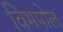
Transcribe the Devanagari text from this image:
विमपोल